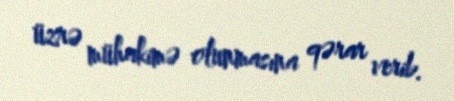
üzrə mühakimə olunmasına qərar verib.